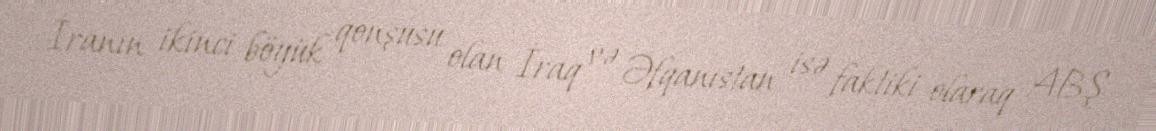
İranın ikinci böyük qonşusu olan İraq və Əfqanıstan isə faktiki olaraq ABŞ